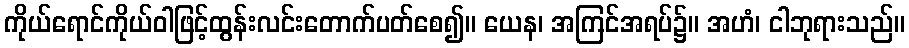
ကိုယ်ရောင်ကိုယ်ဝါဖြင့်ထွန်းလင်းတောက်ပတ်စေ၍။ ယေန၊ အကြင်အရပ်၌။ အဟံ၊ ငါဘုရားသည်။